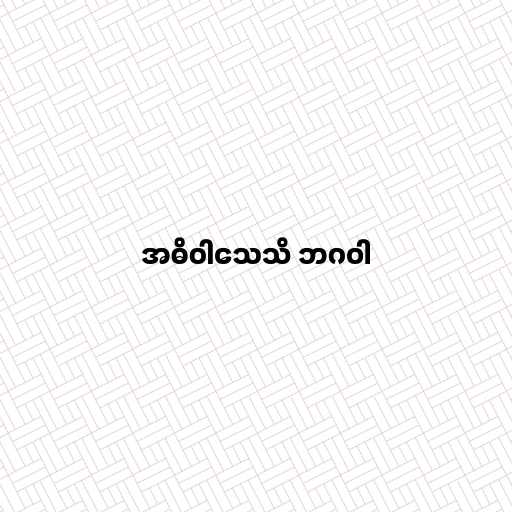
အဓိဝါသေသိ ဘဂဝါ